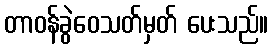
တာဝန်ခွဲဝေသတ်မှတ် ပေးသည်။